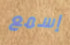
إسمع